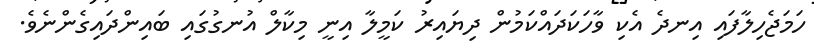
ހަމަޖެހިލާފައި އިނދެ އެކި ވާހަކަދައްކަމުން ދިޔައިރު ކަމީލާ އިނީ މިކާލް އުނގުގައި ބައިންދައިގެންނެވެ.